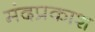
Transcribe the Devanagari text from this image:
मंदप्रकाश